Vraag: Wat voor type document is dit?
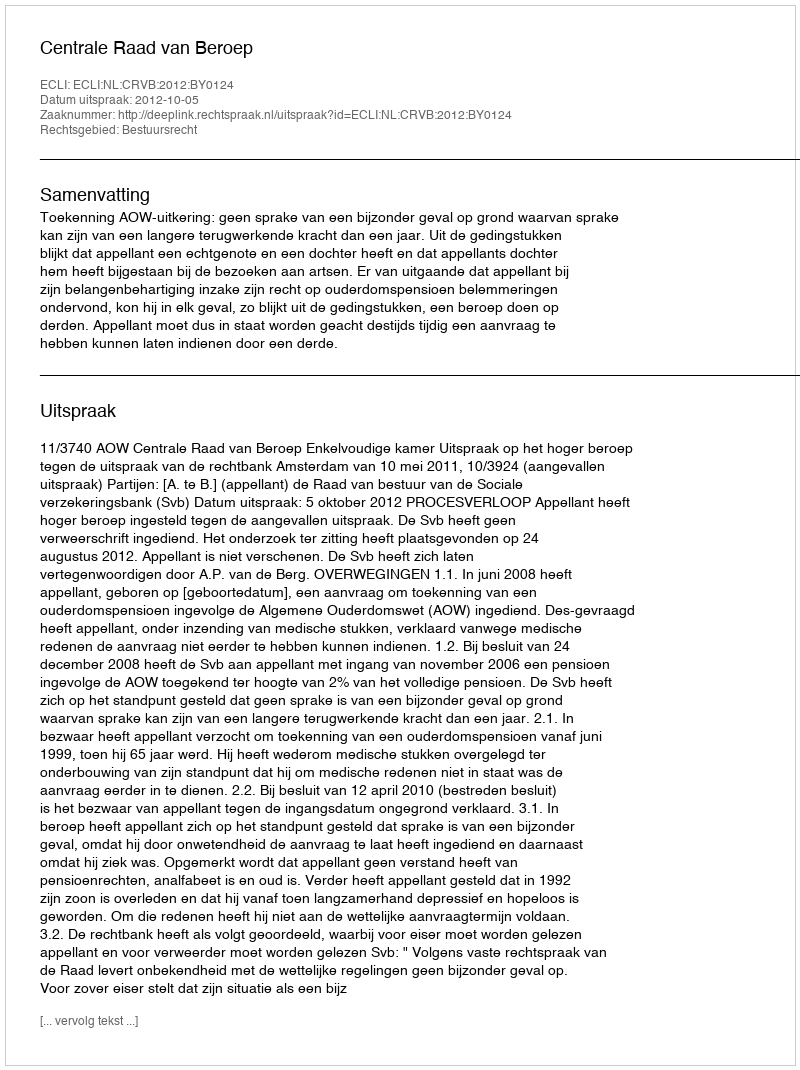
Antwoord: Uitspraak